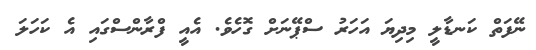
ނޭފަތް ކަނޑާލީ މިދިޔަ އަހަރު ސްޕޭނަށް ގޮހެވެ. އެއީ ފްރާންސްގައި އެ ކަހަލަ